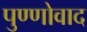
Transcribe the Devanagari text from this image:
पुण्णोवाद